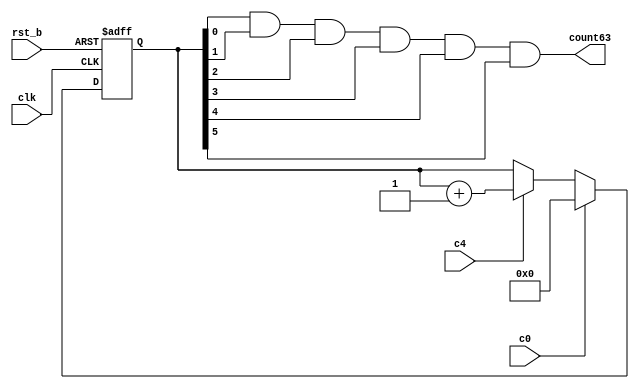
module counter (
  input clk,
  input rst_b,
  input c0,
  input c4,
  output count63
  //output reg [5:0]count
);

  reg [5:0]count;
  
  always@(posedge clk or negedge rst_b) begin
    if(!rst_b) 
      count <= 0;
    else if(c0)
      count <= 0;
    else if(c4)
      count <= count + 1;
  end

  assign count63 = count[0] & count[1] & count[2] & count[3] & count[4] & count[5];

endmodule